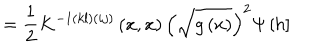
LaTeX: = \frac 1 2 K ^ { - 1 \left( k l \right) \left( i j \right) } \left( x , x \right) \left( \sqrt { g \left( x \right) } \right) ^ { 2 } \Psi \left[ h \right]